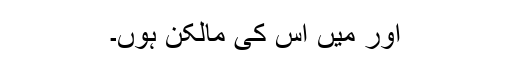
اور میں اس کی مالکن ہوں۔